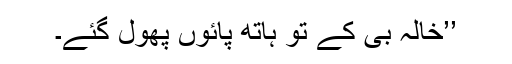
’’خالہ بی کے تو ہاتھ پائوں پھول گئے۔